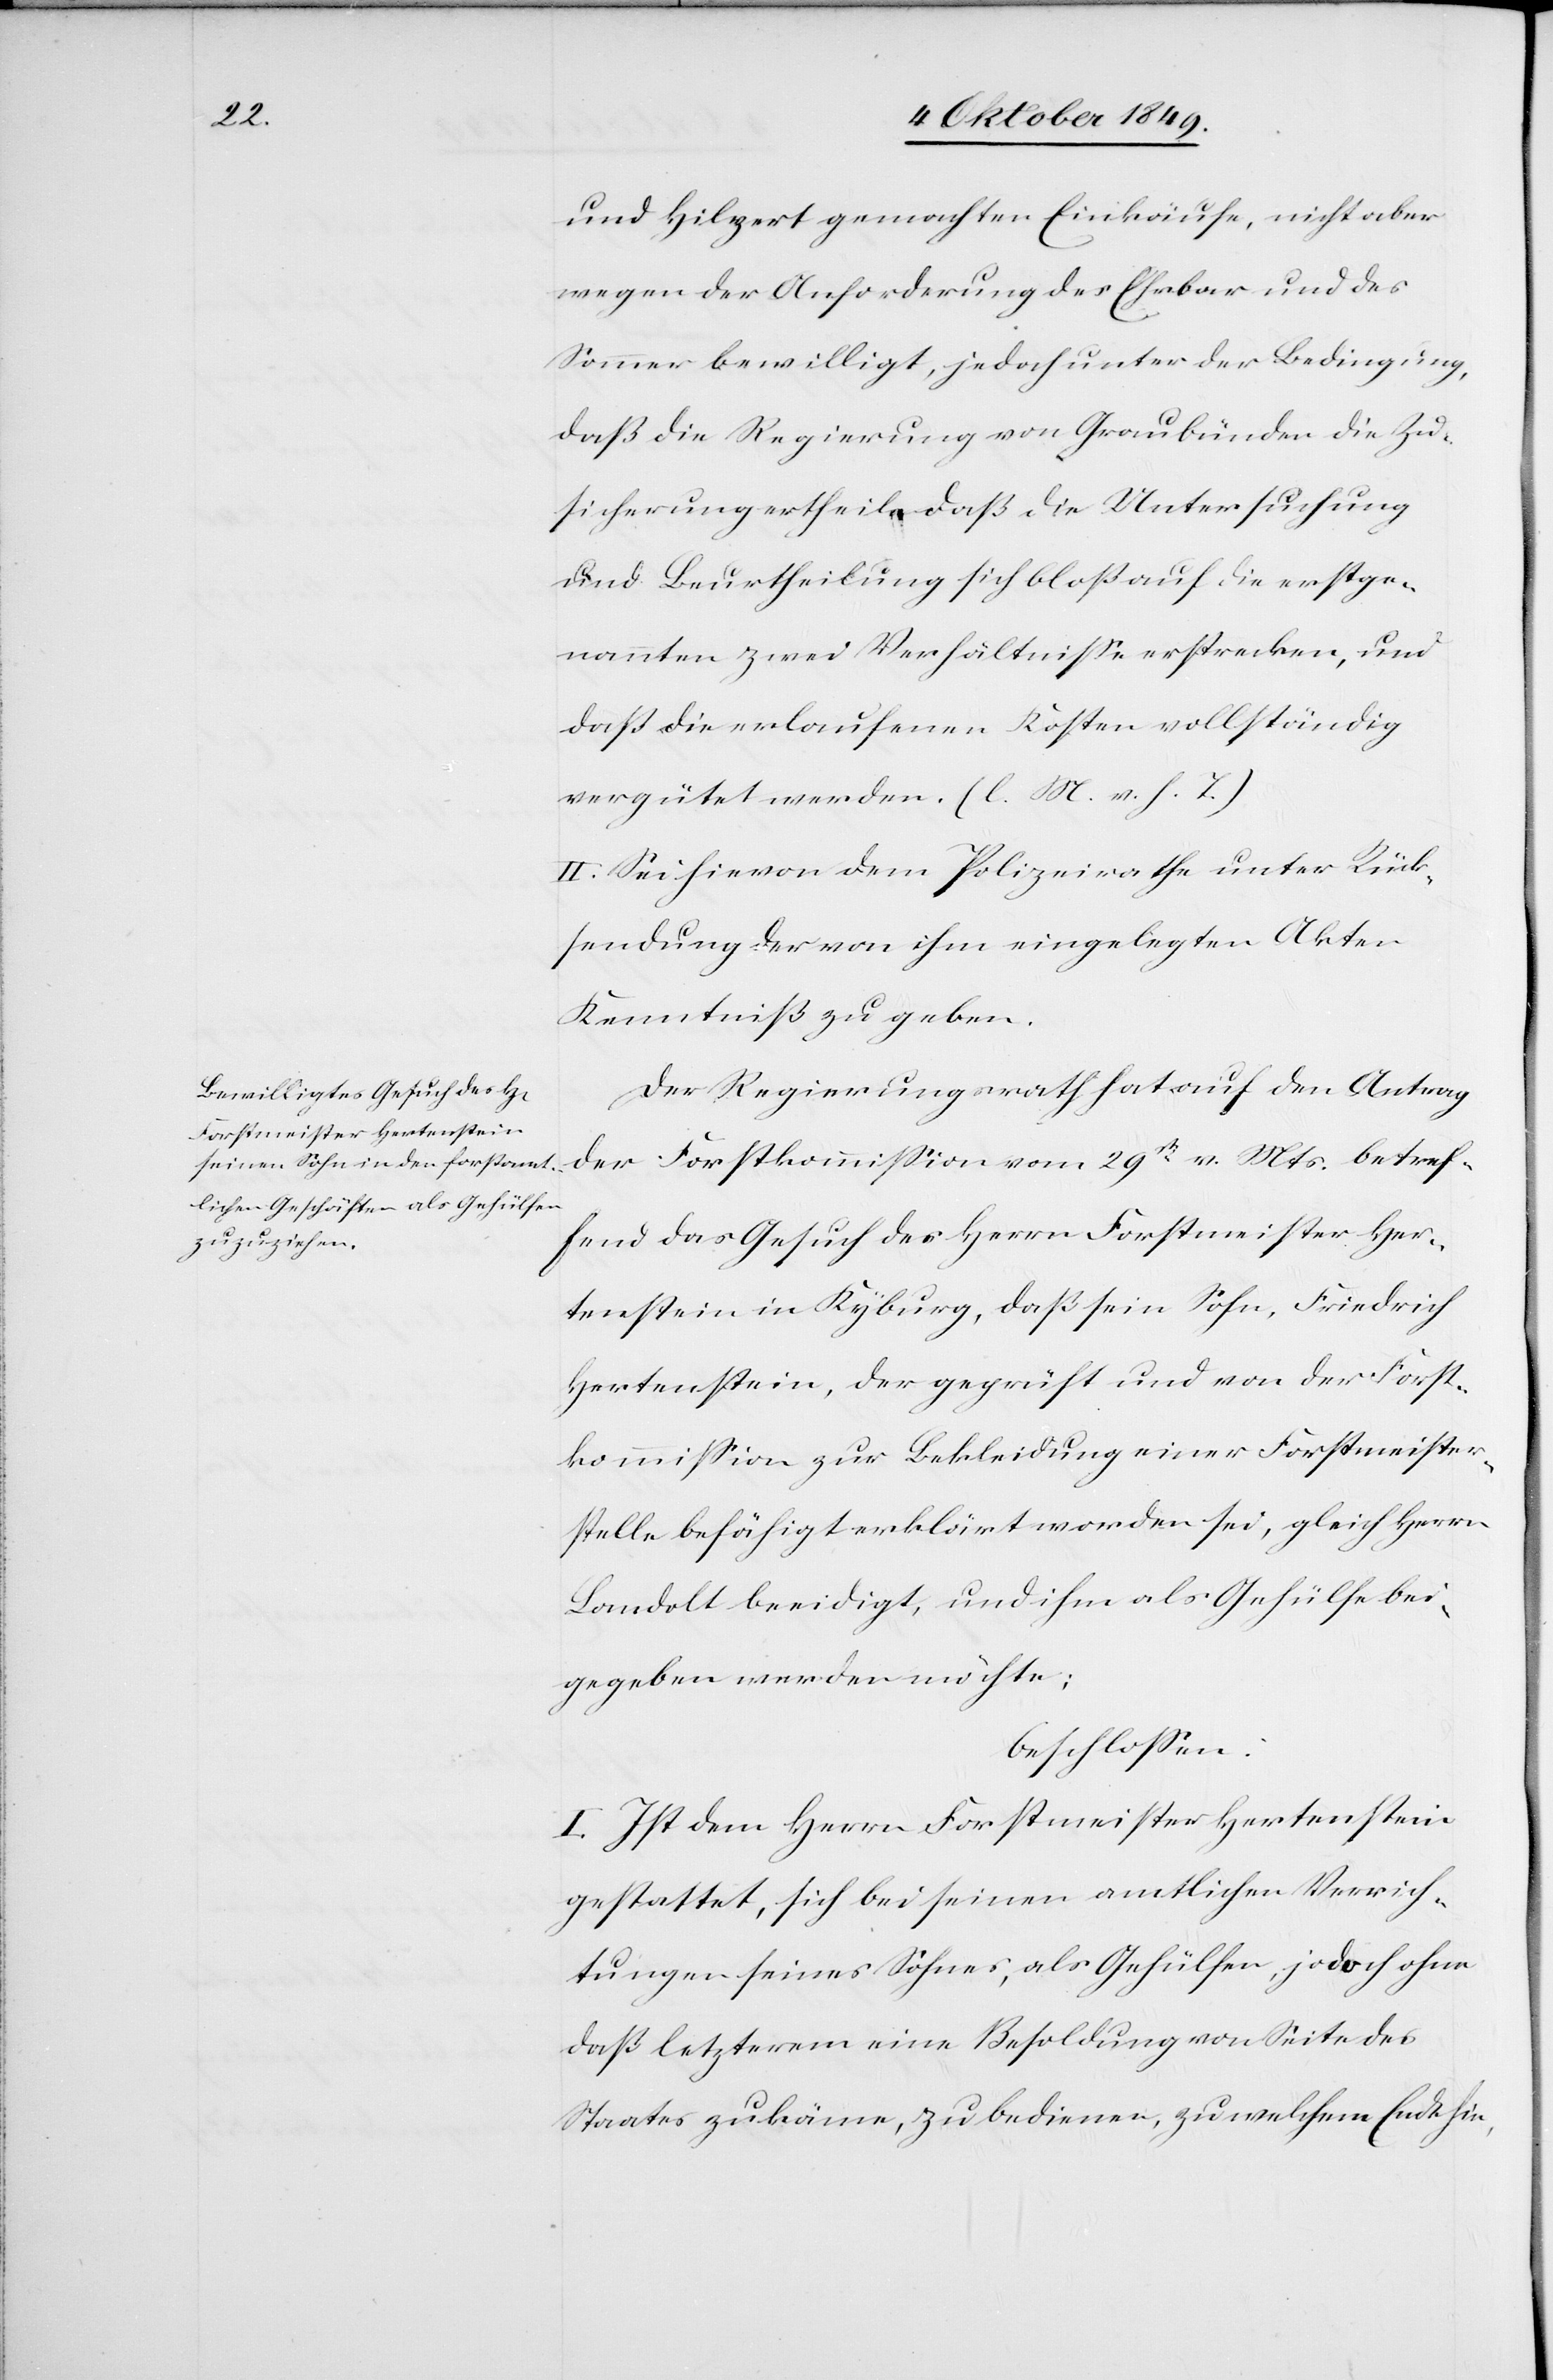
und Hilpert gemachten Einkäufe, nicht aber
wegen der Anforderung des Ehrbar und des
Sommer bewilligt, jedoch unter der Bedingung,
daß die Regierung von Graubündten die Zu¬
sicherung ertheile daß die Untersuchung
und Beurtheilung sich bloß auf die erstge¬
nannten zwei Verhältniße erstrecken, und
daß die erlaufenen Kosten vollständig
vergütet werden. [l. M. v. h. T]
II. Sei hievon dem Polizeirathe unter Rück¬
sendung der von ihm eingelegten Akten
Kenntniß zu geben.
Der Regierungsrath hat auf den Antrag
der Forstkommißion vom 29t v. Mts. betref¬
fend das Gesuch des Herrn Forstmeister Her¬
tenstein in Kyburg, daß sein Sohn, Friedrich
Hertenstein, der geprüft und von der Forst¬
kommißion zur Bekleidung einer Forstmeister¬
stelle befähigt erklärt worden sei, gleich Herrn
Landolt beeidigt, und ihm als Gehülfe bei¬
gegeben werden möchte;
beschloßen:
I. Ist dem Herrn Forstmeister Hertenstein
gestattet, sich bei seinen amtlichen Verrich¬
tungen seines Sohnes, als Gehülfen, jedoch ohne
daß letzterm eine Besoldung von Seite des
Staates zukäme, zu bedienen, zu welchem Ende hin,